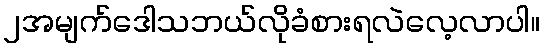
၂အမျက်ဒေါသဘယ်လိုခံစားရလဲလေ့လာပါ။